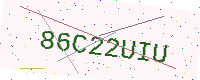
Text: 86C22UIU